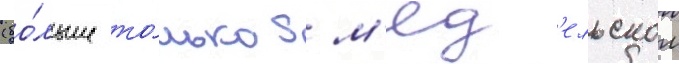
(бо́льше то́лько в м'яд'ельском